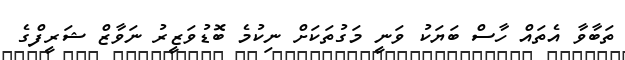
ތަބާވާ އެތައް ހާސް ބަޔަކު ވަނީ މަގުތަކަށް ނިކުމެ ބޮޑުވަޒީރު ނަވާޒް ޝަރީފްގެ